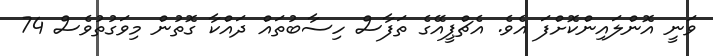
ވަނީ އޮންލައިންކޮށްފަ އެވެ. އެޗްޕީއޭގެ ތަފާސް ހިސާބުތައް ދައްްކާ ގޮތުން މިވަގުތުވެސް 74